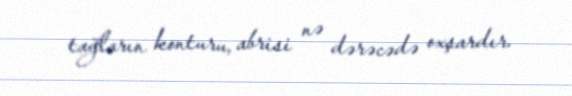
tağların konturu, abrisi nə dərəcədə oxşardır.